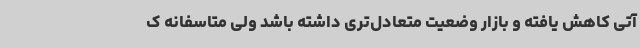
آتی کاهش یافته و بازار وضعیت متعادل‌تری داشته باشد ولی متاسفانه ک